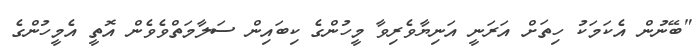
"ބޭނުން އެކަމަކު ހިތަށް އަރަނީ އަނިޔާވެރިވާ މީހުންގެ ކިބައިން ސަލާމަތްވެވެން އޮތީ އެމީހުންގެ